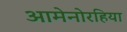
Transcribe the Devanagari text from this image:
आमेनोरहिया